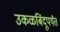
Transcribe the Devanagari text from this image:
उकळबिंदूपर्यंत